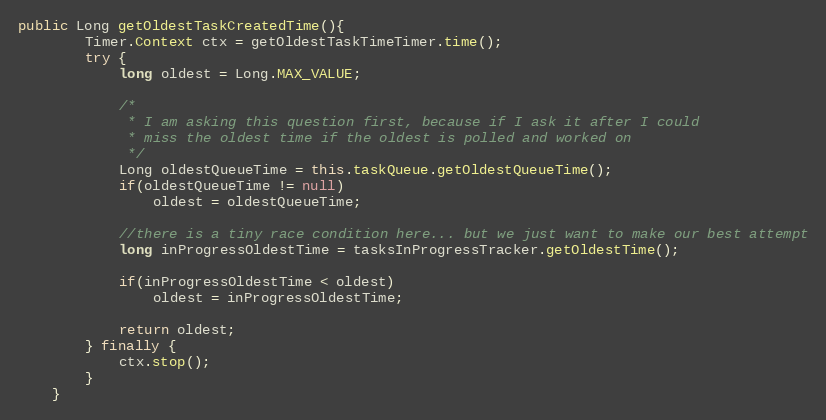
Language: Java
public Long getOldestTaskCreatedTime(){
	    Timer.Context ctx = getOldestTaskTimeTimer.time();
	    try {
    	    long oldest = Long.MAX_VALUE;

    	    /*
    	     * I am asking this question first, because if I ask it after I could
    	     * miss the oldest time if the oldest is polled and worked on
    	     */
    	    Long oldestQueueTime = this.taskQueue.getOldestQueueTime();
    	    if(oldestQueueTime != null)
    	        oldest = oldestQueueTime;

    	    //there is a tiny race condition here... but we just want to make our best attempt
    	    long inProgressOldestTime = tasksInProgressTracker.getOldestTime();

    	    if(inProgressOldestTime < oldest)
    	        oldest = inProgressOldestTime;

    	    return oldest;
	    } finally {
	        ctx.stop();
	    }
	}